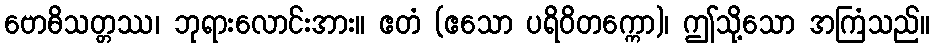
ဗောဓိသတ္တဿ၊ ဘုရားလောင်းအား။ ဧတံ (ဧသော ပရိဝိတက္ကော)၊ ဤသို့သော အကြံသည်။